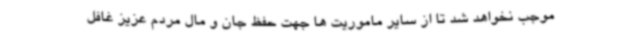
موجب نخواهد شد تا از سایر ماموریت ها جهت حفظ جان و مال مردم عزیز غافل